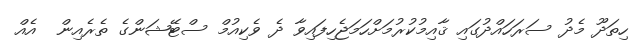
ހިތަދޫ މެދު ސަރަހައްދުގައި ޤާއިމުކުރުމަށްހަމަޖެހިފައިވާ ދެ ވެކިއުމް ސްޓޭޝަންގެ ތެރެއިން  އެއް